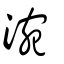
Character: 涴